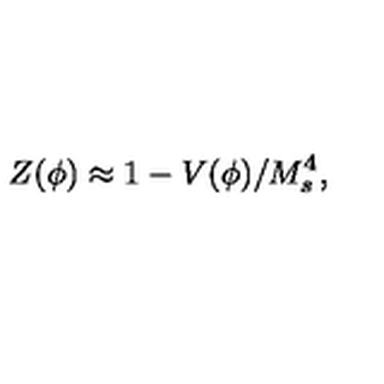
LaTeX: Z ( \phi ) \approx 1 - V ( \phi ) / M _ { s } ^ { 4 } ,